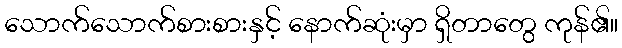
သောက်သောက်စားစားနှင့် နောက်ဆုံးမှာ ရှိတာတွေ ကုန်၏။